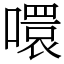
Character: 噮